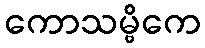
ကောသမ္ဗိကေ